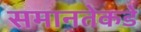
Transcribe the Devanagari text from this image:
समानतेकडे